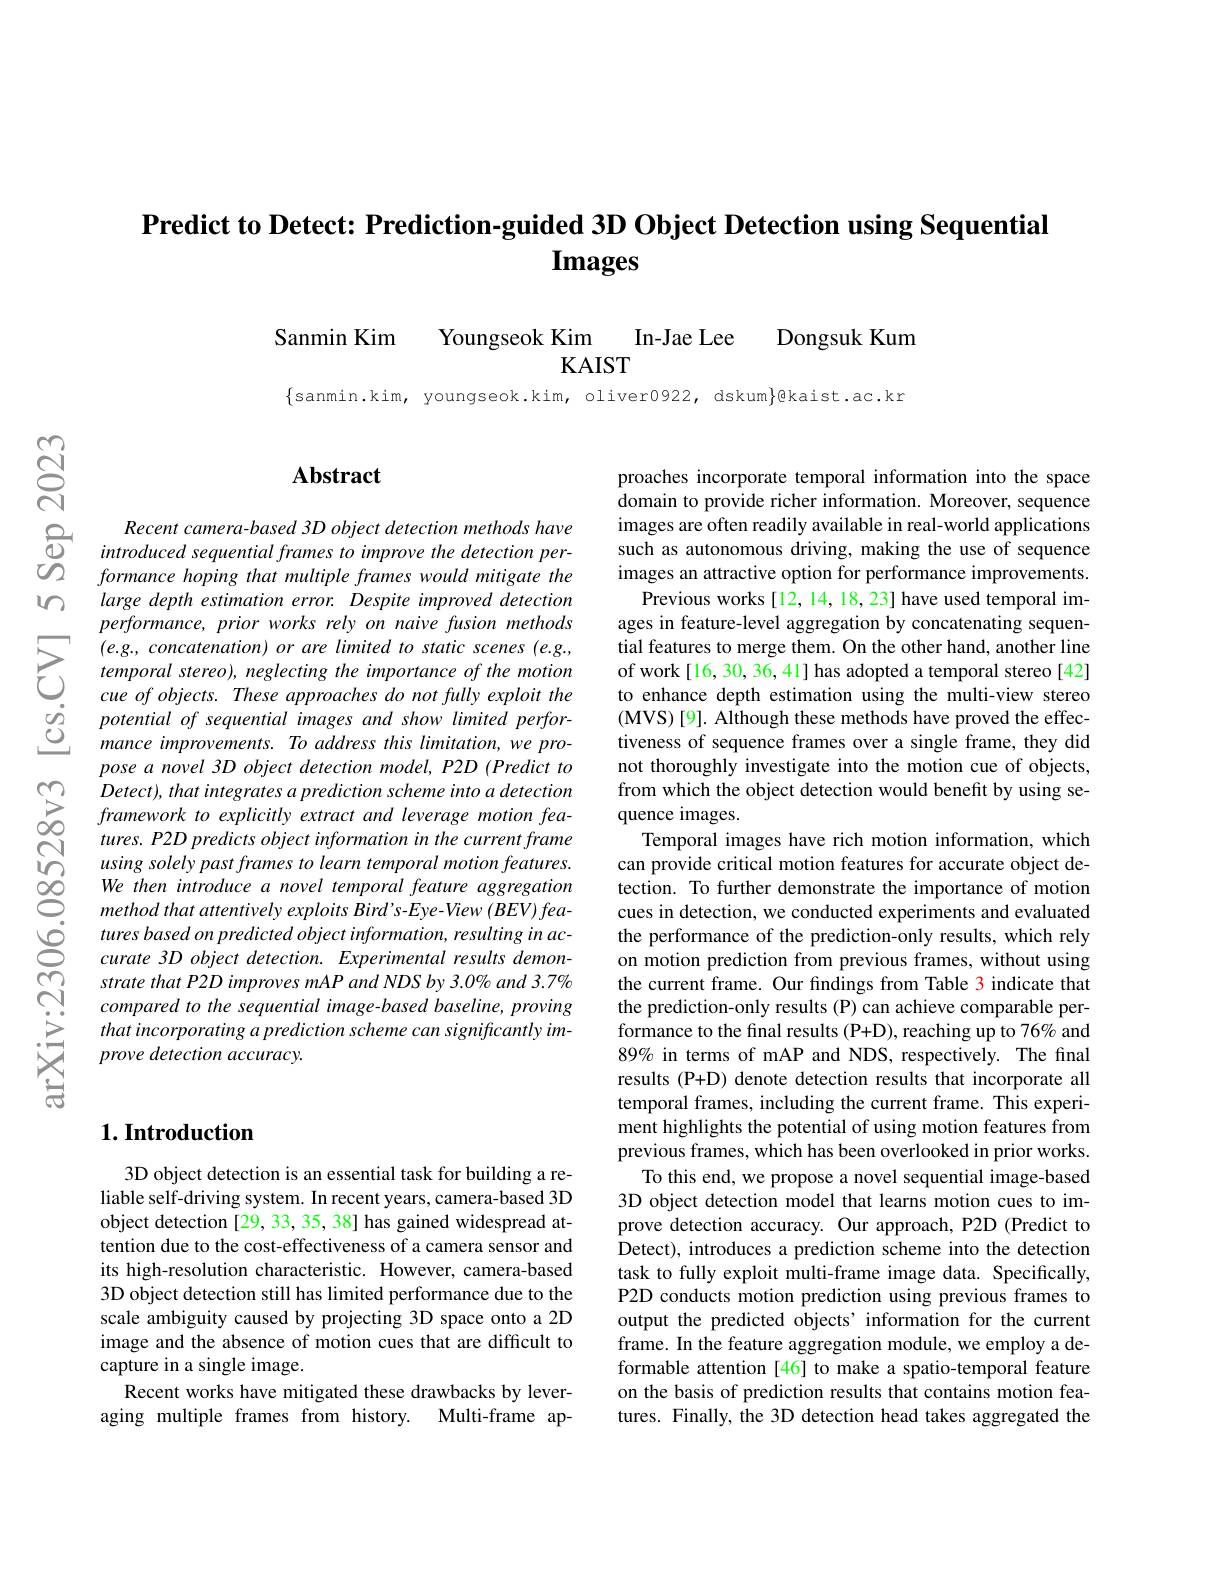
# Predict to Detect: Prediction-guided 3D Object Detection using Sequential Images

Sanmin Kim Youngseok Kim In-Jae Lee Dongsuk Kum
KAIST

$\{$sanmin.kim, youngseok.kim, oliver0922, dskum$\}$@kaist.ac.kr

$m$

$పై$

$ଟ୍ରି$

## $\mathbf{Abstract}$

$\begin{array}{ccc}\text{Recent camera-based 3D object detection methods have}\\\textcircled{0}&\text{introduced sequential frames to improve the detection per-}\\\textcircled{0}&\text{formance hoping that multiple frames would mitigate the}\end{array}$
large depth estimation error. Despite improved detection performance, prior works rely on naive fusion methods
$\sum_{\begin{array}{cc}&\text{(e.g., concatenation) or are limited to static scenes (e.g.)}\\&\text{temporal stereo), neglecting the importance of the motion}\\&\text{cue of objects. These approaches do not fully exploit the}\end{array}}$
potential of sequential images and show limited performance improvements. To address this limitation, we propose a novel 3D object detection model, P2D (Predict to
$\sum_{\begin{array}{cc}\text{CDetect),that integrates a prediction scheme into a detection}\\\text{S}&\text{framework to explicitly extract and leverage motion fea-}\\\text{S}&\text{tures.P2D predicts object information in the current frame}\end{array}}$
using solely past frames to learn temporal motion features. We then introduce a novel temporal feature aggregation method that attentively exploits Bird's-Eye-View (BEV) features based on predicted object information, resulting in accurate 3D object detection. Experimental results demonstrate that P2D improves mAP and NDS by 3.0% and 3.7% compared to the sequential image-based baseline, proving that incorporating a prediction scheme can significantly improve detection accuracy.

proaches incorporate temporal information into the space domain to provide richer information. Moreover, sequence images are often readily available in real-world applications such as autonomous driving, making the use of sequence images an attractive option for performance improvements.
Previous works [12,14,18,23] have used temporal images in feature-level aggregation by concatenating sequential features to merge them. On the other hand, another line of work[16, 30, 36, 41] has adopted a temporal stereo [42] to enhance depth estimation using the multi-view stereo (MVS)[9]. Although these methods have proved the effectiveness of sequence frames over a single frame, they did not thoroughly investigate into the motion cue of objects, from which the object detection would benefit by using sequence images.
Temporal images have rich motion information, which can provide critical motion features for accurate object detection. To further demonstrate the importance of motion cues in detection, we conducted experiments and evaluated the performance of the prediction-only results, which rely on motion prediction from previous frames, without using the current frame. Our findings from Table 3 indicate that the prediction-only results (P) can achieve comparable performance to the final results (P+D), reaching up to 76% and 89% in terms of mAP and NDS, respectively. The final results (P+D) denote detection results that incorporate all temporal frames, including the current frame. This experiment highlights the potential of using motion features from previous frames, which has been overlooked in prior works.
To this end, we propose a novel sequential image-based 3D object detection model that learns motion cues to improve detection accuracy. Our approach, P2D (Predict to Detect), introduces a prediction scheme into the detection task to fully exploit multi-frame image data. Specifically, P2D conducts motion prediction using previous frames to output the predicted objects' information for the current frame. In the feature aggregation module, we employ a deformable attention [46] to make a spatio-temporal feature on the basis of prediction results that contains motion features. Finally, the 3D detection head takes aggregated the

## $1. \textbf{Introduction}$

3D object detection is an essential task for building a reliable self-driving system. In recent years, camera-based 3D object detection [29, 33, 35, 38] has gained widespread attention due to the cost-effectiveness of a camera sensor and its high-resolution characteristic. However, camera-based 3D object detection still has limited performance due to the scale ambiguity caused by projecting 3D space onto a 2D image and the absence of motion cues that are difficult to capture in a single image.
Recent works have mitigated these drawbacks by leveraging multiple frames from history. Multi-frame ap-